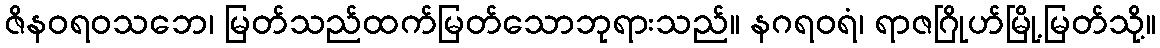
ဇိနဝရဝသဘေ၊ မြတ်သည်ထက်မြတ်သောဘုရားသည်။ နဂရဝရံ၊ ရာဇဂြိုဟ်မြို့မြတ်သို့။